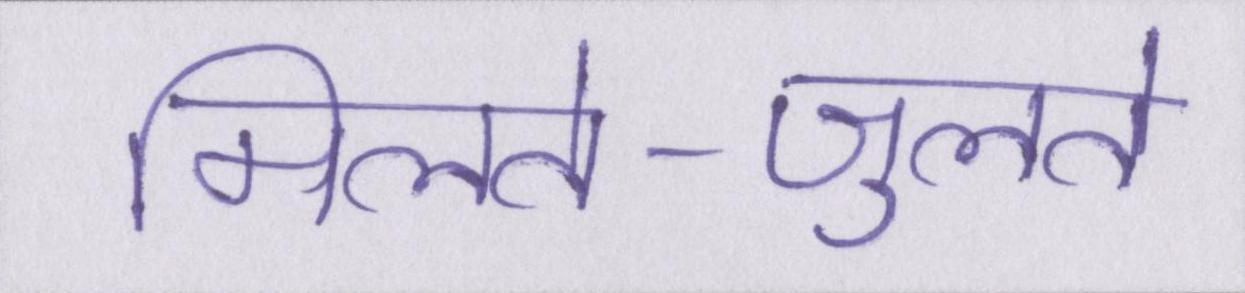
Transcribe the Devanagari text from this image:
मिलते-जुलते